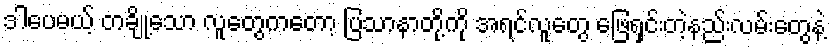
ဒါပေမယ့် တချို့သော လူတွေကတော့ ပြသာနာတို့ကို အရင်လူတွေ ဖြေရှင်းတဲ့နည်းလမ်းတွေနဲ့